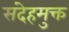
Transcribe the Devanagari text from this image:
संदेहमुक्त